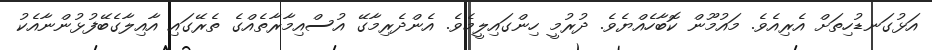
އަޅުގަނޑުހިތަށް އެރިއެވެ. މައުމޫން ކޮބާހެއްޔެވެ. ދުރުމީ ހިންގައިލީމެވެ. އެންދެރިމާގޭ އުސްއިމާރާތެއްގެ ތެރޭގައި އާއިލާގެބޭފުޅުންނާއެކު